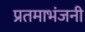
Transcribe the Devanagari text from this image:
प्रतमाभंजनी